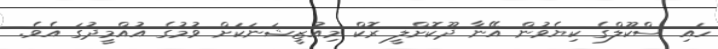
ހައި ސްކޫލްގެ ކިޔެވުން އޭނާ ދޫކޮށްލީ ރޮކް މިއުޒީޝަނަކަށް ވުމުގެ އުއްމީދުގަ އެވެ.